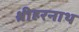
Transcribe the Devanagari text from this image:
श्रीहरनाथ